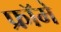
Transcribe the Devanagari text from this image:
फ्रॉमे